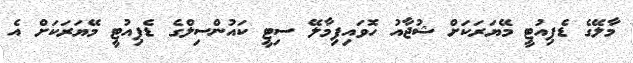
މާލޭގެ ޑެޕިއުޓީ މޭޔަރަކަށް ޝުޖާއު ހޮވައިފިމާލޭ ސިޓީ ކައުންސިލްގެ ޑެޕިއުޓީ މޭޔަރަކަށް އެ